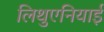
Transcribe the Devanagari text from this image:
लिथुएनियाई